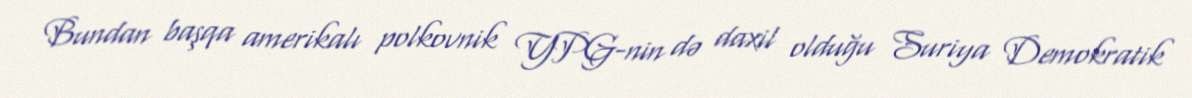
Bundan başqa amerikalı polkovnik YPG-nin də daxil olduğu Suriya Demokratik